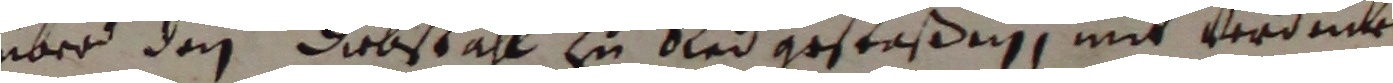
über den diebstahl zu Red gestaßen, mit verdunken